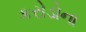
કરોડોના